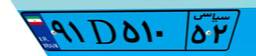
۸۷D۲۰۷۵۵